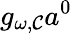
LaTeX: g_{\omega,\mathcal{C}}a^{0}